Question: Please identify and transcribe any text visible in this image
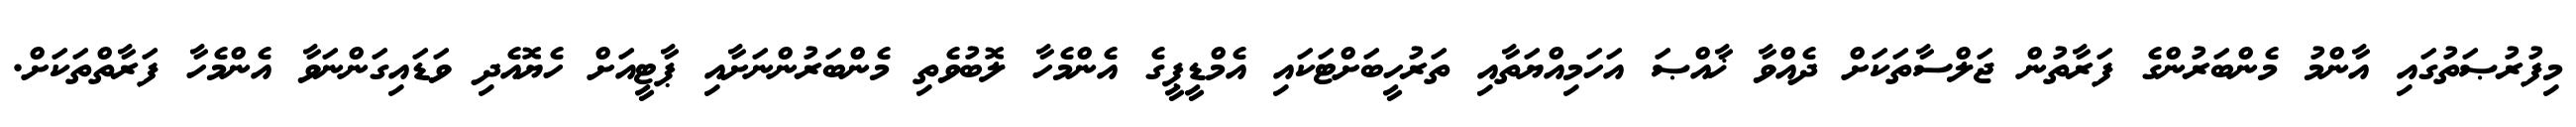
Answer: މިފުރުޞަތުގައި އާންމު މެންބަރުންގެ ފަރާތުން ޖަލްސާތަކަށް ދެއްވާ ޚާއްޞަ އަހަމިއްޔަތާއި ތަރުހީބަށްޓަކައި އެމްޑީޕީގެ އެންމެހާ ލޮބުވެތި މެންބަރުންނަށާއި ޕާޓީއަށް ހެޔޮއެދި ވަޑައިގަންނަވާ އެންމެހާ ފަރާތްތަކަށް.